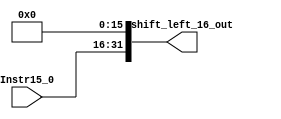
module shift_left_16 (
    input wire [15:0] Instr15_0,
    output reg [31:0] shift_left_16_out
);
    always @(*) begin
        shift_left_16_out <= {Instr15_0, 16'd0};
    end

    
endmodule